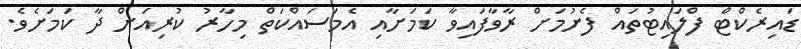
ޑައިރެކްޓް ފްލައިޓުތައް ފެށުމަށް ރާވާފައިވާ ކަމަށާއި އެމަސައްކަތް މިހާރު ކުރިއަށް ދާ ކަމަށެވެ.